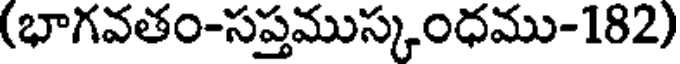
(భాగవతం-సప్తముస్కంధము-182)